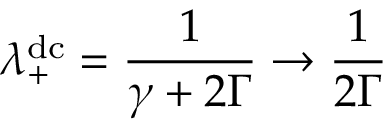
\lambda _ { + } ^ { \mathrm { d c } } = \frac { 1 } { \gamma + 2 \Gamma } \rightarrow \frac { 1 } { 2 \Gamma }